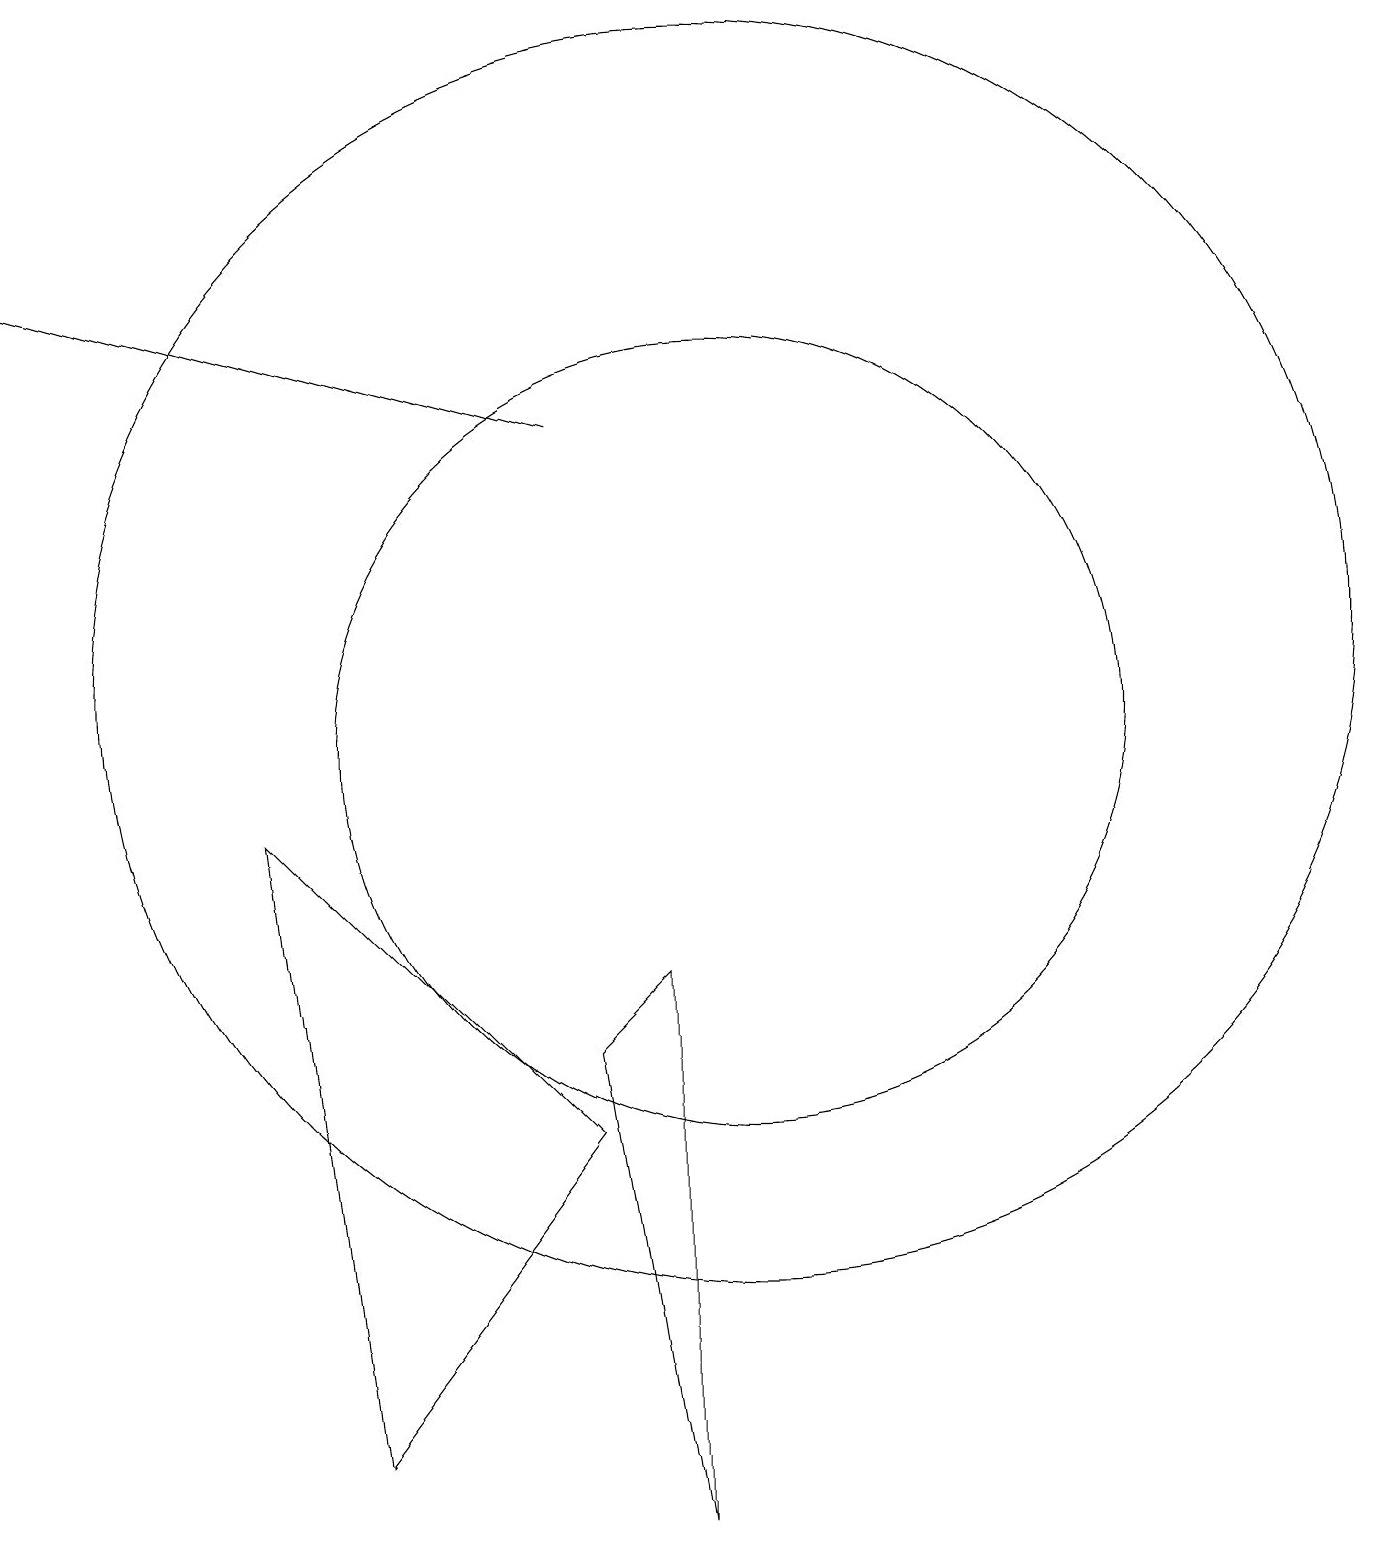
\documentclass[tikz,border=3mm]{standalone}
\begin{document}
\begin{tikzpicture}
\draw (10,11) circle (8);
\draw (8,5) -- (4,9) -- (5,1) -- cycle;
\draw (10,10) circle (5);
\draw (8,6) -- (9,0) -- (9,7) -- cycle;
\draw[->] (8,14) -- (1,16);
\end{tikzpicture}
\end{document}